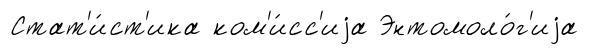
Стат'и́ст'ика ком'и́сс'иjа Энтомоло́г'иjа